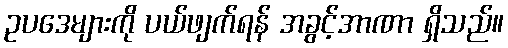
ဥပဒေများကို ပယ်ဖျက်ရန် အခွင့်အာဏာ ရှိသည်။